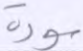
سورة